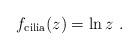
LaTeX: \begin{align*}f_{{\rm cilia}}(z)=\ln z\ .\end{align*}